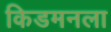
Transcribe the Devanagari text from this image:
किडमनला